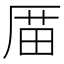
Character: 𠪄